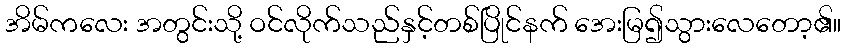
အိမ်ကလေး အတွင်းသို့ ဝင်လိုက်သည်နှင့်တစ်ပြိုင်နက် အေးမြ၍သွားလေတော့၏။